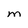
Character: M